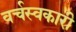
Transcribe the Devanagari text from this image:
वर्चस्वकारी